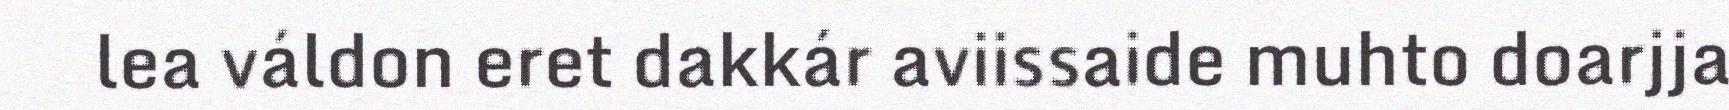
lea váldon eret dakkár aviissaide muhto doarjja